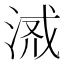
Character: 𣶔